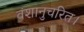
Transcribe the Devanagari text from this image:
वंशानुचरित।